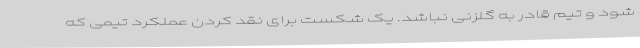
شود و تیم قادر به گلزنی نباشد. یک شکست برای نقد کردن عملکرد تیمی که